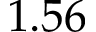
1 . 5 6